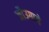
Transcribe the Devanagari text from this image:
जौउगाये